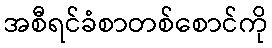
အစီရင်ခံစာတစ်စောင်ကို